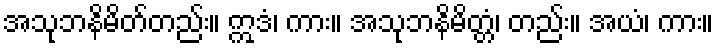
အသုဘနိမိတ်တည်း။ ဣဒံ၊ ကား။ အသုဘနိမိတ္တံ၊ တည်း။ အယံ၊ ကား။